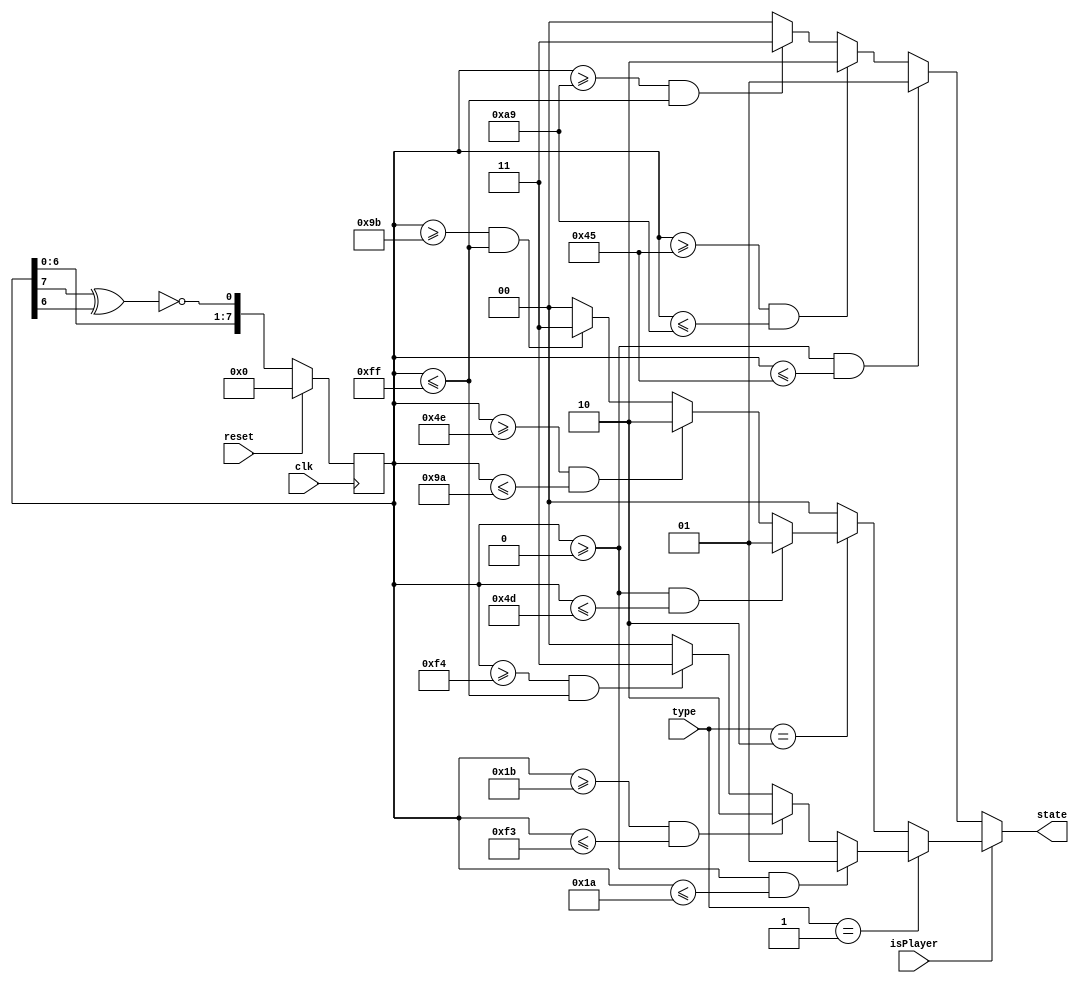
`timescale 1ns / 1ps
//////////////////////////////////////////////////////////////////////////////////
// Company: 
// Engineer: 
// 
// Design Name: 
// Module Name: ProbMachine
// Project Name: 
// Target Devices: 
// Tool Versions: 
// Description: 
// 
// Dependencies: 
// 
// Revision:
// Revision 0.01 - File Created
// Additional Comments:
// 
//////////////////////////////////////////////////////////////////////////////////


module LFSR(
    input clk, reset,
    input [3:0] type,
    input isPlayer,
    output reg[1:0] state
    );
    
    reg [7:0] random_done = 0;
    wire feedback;
    
    // Attack Types:
    parameter STANDBY = 4'b0000,
            LIGHT = 4'b0001,
            HEAVY = 4'b0010;
            
    // Attack States:
    parameter NO_HIT = 2'b00,
            CRITICAL = 2'b01,
            NORMAL = 2'b10,
            MISS = 2'b11;
            

assign feedback = ~(random_done[7] ^ random_done[6]);

always @(posedge clk)
begin
    if (reset)
      random_done = 8'b00000000;
    else
      random_done = {random_done[6:0],feedback};
 end        
            
    always @ (*) begin
//        if (count == 8) begin
//            random_done = random;
//        end
        
        if (isPlayer) begin // Player
            if (type == LIGHT) begin
                if (random_done >= 0 && random_done <= 26)
                     state <= CRITICAL;
                else if (random_done >= 27 && random_done <= 243)
                    state = NORMAL;
                else if (random_done >= 244 && random_done <= 255)
                    state = MISS;
                else
                    state = NO_HIT;
            end
            else if (type == HEAVY) begin
                if (random_done >= 0 && random_done <= 77)
                    state = CRITICAL;
                else if (random_done >= 78 && random_done <= 154)
                    state = NORMAL;
                else if (random_done >= 155 && random_done <= 255)
                    state = MISS;
                else
                    state = NO_HIT;
            end
            else
                state = NO_HIT;
        end
        else begin // CPU
            if (random_done >= 0 && random_done <= 69)
                state = CRITICAL;
            else if (random_done >= 69 && random_done <= 169)
                state = NORMAL;
            else if (random_done >= 169 && random_done <= 255)
                state = MISS;
            else
                state = NO_HIT;
        end
    end
    
endmodule